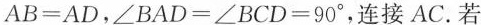
$$A B = A D$$，$$\angle B A D = \angle B C D = 9 0 ^{\circ}$$，连接AC.若